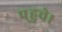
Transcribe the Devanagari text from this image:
प्‌हुचे।